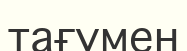
тағумен